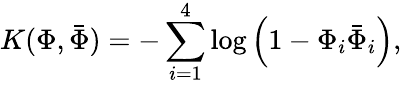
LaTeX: K(\Phi,{\bar{\Phi}})=-\sum_{i=1}^{4}\log\left(1-\Phi_{i}{\bar{\Phi}}_{i}\right),